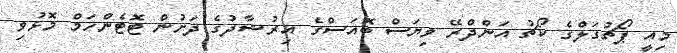
މިއީ ޕޯޗުގަލްގެ ކޯޗު އަންދްރޭ ވިޔަސް ބޮއަސްގެ އިރުޝާދުގެ ދަށުން ޓޮޓެންހަމް މޮޅުވި